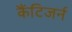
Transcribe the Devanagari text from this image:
कैंटिजर्न